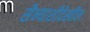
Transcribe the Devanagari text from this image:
सैन्याशीदेखील